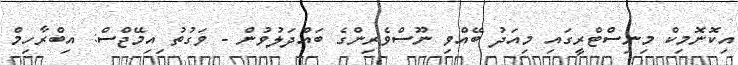
އިކޮނޮމިކް މިނިސްޓްރީގައި މިއަދު ބޭއްވި ނޫސްވެރިންގެ ބައްދަލުވުން - ވަގުތު ިއިމޭޖްސް: އިބްރާހިމް